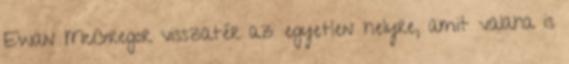
Ewan McGregor visszatér az egyetlen helyre, amit valaha is